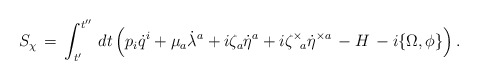
\begin{align*}S_{\chi}\,=\,\int_{t^{\prime}}^{t^{\prime\prime}}\,dt\left(p_i\dot{q}^i+\mu_a\dot{\lambda}^a+i\zeta_a\dot{\eta}^a+i\zeta^{\times}{\!}_a\dot{\eta}^{\times a}\,-H\,-i\{\Omega,\phi\}\right).\end{align*}